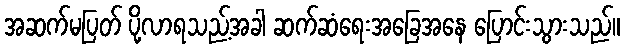
အဆက်မပြတ် ပို့လာရသည့်အခါ ဆက်ဆံရေးအခြေအနေ ပြောင်းသွားသည်။